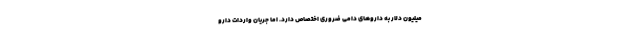
میلیون دلار به داروهای دامی ضروری اختصاص دارد. اما جریان واردات دارو